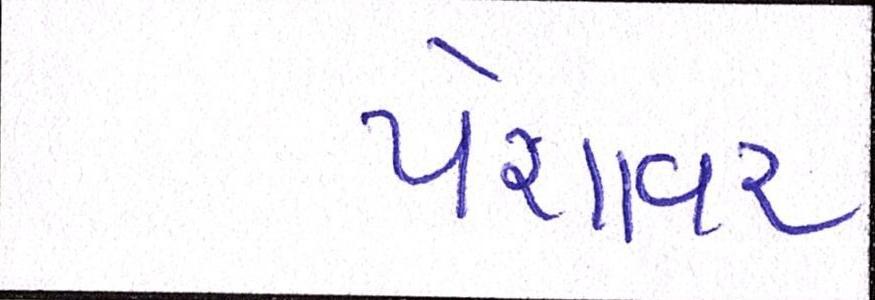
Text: પેશાવર